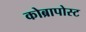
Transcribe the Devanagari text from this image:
कोब्रापोस्ट